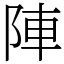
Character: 陣